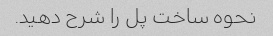
نحوه ساخت پل را شرح دهید.